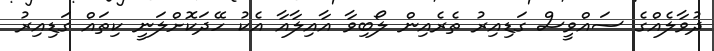
ދުވާލެއްގެ ސައްވީސް ގަޑިއިރު ތެރެއިން ލޯބިވާ އާއިލާއާ އެކު ހޭދަކޮށްލަނީ ކިތައް ގަޑިއިރު